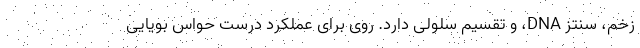
زخم، سنتز DNA، و تقسیم سلولی دارد. روی برای عملکرد درست حواس بویایی